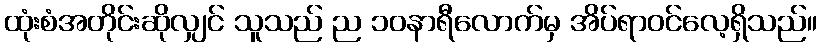
ထုံးစံအတိုင်းဆိုလျှင် သူသည် ည ၁၀နာရီလောက်မှ အိပ်ရာဝင်လေ့ရှိသည်။